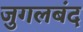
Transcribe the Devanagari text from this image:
जुगलबंद